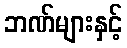
ဘဏ်များနှင့်